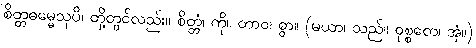
စိတ္တဓမ္မေသုပိ၊ တို့တွင်လည်း။ စိတ္တံ၊ ကို။ တာဝ၊ စွာ။ (မယာ၊ သည်။ ဝုစ္စတေ၊ အံ့။)